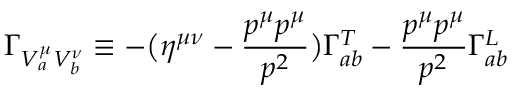
\Gamma _ { V _ { a } ^ { \mu } V _ { b } ^ { \nu } } \equiv - \bigl ( \eta ^ { \mu \nu } - { \frac { p ^ { \mu } p ^ { \mu } } { p ^ { 2 } } } \bigr ) \Gamma _ { a b } ^ { T } - { \frac { p ^ { \mu } p ^ { \mu } } { p ^ { 2 } } } \Gamma _ { a b } ^ { L }